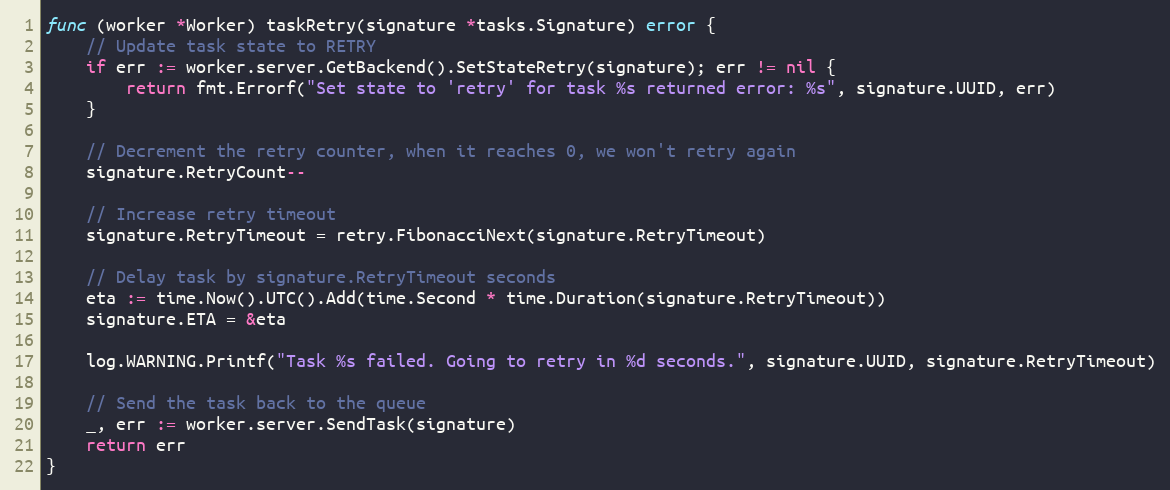
Language: Go
func (worker *Worker) taskRetry(signature *tasks.Signature) error {
	// Update task state to RETRY
	if err := worker.server.GetBackend().SetStateRetry(signature); err != nil {
		return fmt.Errorf("Set state to 'retry' for task %s returned error: %s", signature.UUID, err)
	}

	// Decrement the retry counter, when it reaches 0, we won't retry again
	signature.RetryCount--

	// Increase retry timeout
	signature.RetryTimeout = retry.FibonacciNext(signature.RetryTimeout)

	// Delay task by signature.RetryTimeout seconds
	eta := time.Now().UTC().Add(time.Second * time.Duration(signature.RetryTimeout))
	signature.ETA = &eta

	log.WARNING.Printf("Task %s failed. Going to retry in %d seconds.", signature.UUID, signature.RetryTimeout)

	// Send the task back to the queue
	_, err := worker.server.SendTask(signature)
	return err
}